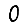
Digit: 0